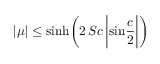
| \mu | \le \mathrm { s i n h } \bigg ( 2 \, S c \, \bigg | \mathrm { s i n } { \frac { c } { 2 } } \bigg | \bigg )